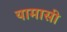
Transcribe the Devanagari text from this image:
यामासी